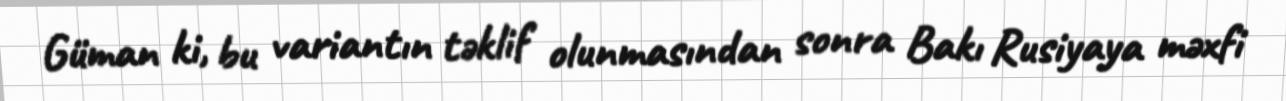
Güman ki, bu variantın təklif olunmasından sonra Bakı Rusiyaya məxfi